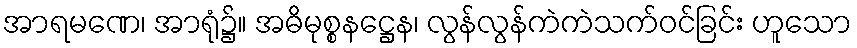
အာရမဏေ၊ အာရုံ၌။ အဓိမုစ္စနဋ္ဌေန၊ လွန်လွန်ကဲကဲသက်ဝင်ခြင်း ဟူသော